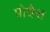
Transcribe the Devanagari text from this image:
प्रोग्रैस